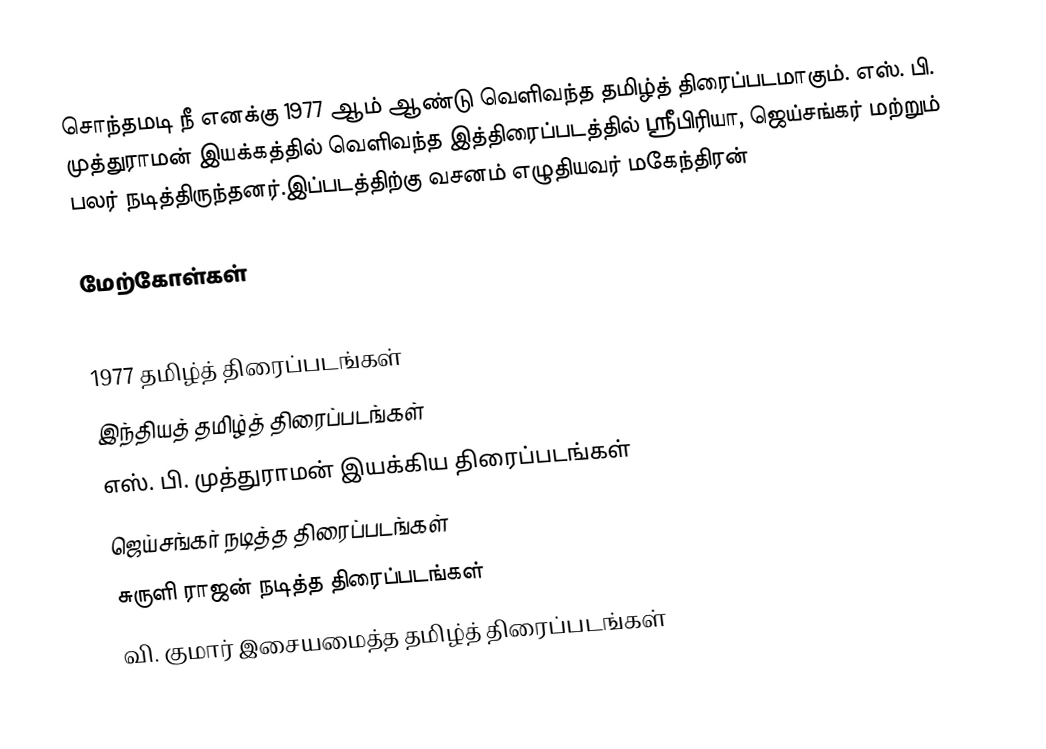
சொந்தமடி நீ எனக்கு 1977 ஆம் ஆண்டு வெளிவந்த தமிழ்த் திரைப்படமாகும். எஸ். பி. முத்துராமன் இயக்கத்தில் வெளிவந்த இத்திரைப்படத்தில் ஸ்ரீபிரியா, ஜெய்சங்கர் மற்றும் பலர் நடித்திருந்தனர்.இப்படத்திற்கு வசனம் எழுதியவர் மகேந்திரன்

மேற்கோள்கள்

1977 தமிழ்த் திரைப்படங்கள்
இந்தியத் தமிழ்த் திரைப்படங்கள்
எஸ். பி. முத்துராமன் இயக்கிய திரைப்படங்கள்
ஜெய்சங்கர் நடித்த திரைப்படங்கள்
சுருளி ராஜன் நடித்த திரைப்படங்கள்
வி. குமார் இசையமைத்த தமிழ்த் திரைப்படங்கள்